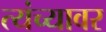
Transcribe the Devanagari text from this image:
त्यंच्यावर